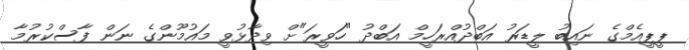
ޕީޕީއެމްގެ ނައިބު ލީޑަރު އަބްދުއްރަހީމް އަބްދު "ހަވީރަ"ށް ވިދާޅުވީ މައުމޫންގެ ނަން ފާސްކުރުމާ